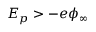
E _ { p } > - e \phi _ { \infty }